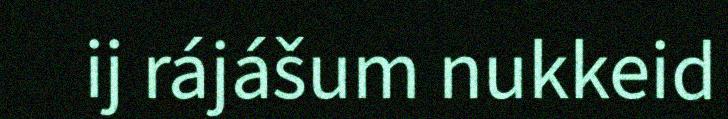
ij rájášum nukkeid